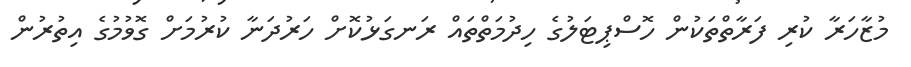
މުޒާހަރާ ކުރި ފަރާތްތަކުން ހޮސްޕިޓަލުގެ ހިދުމަތްތައް ރަނގަޅުކޮށް ހަރުދަނާ ކުރުމަށް ގޮވުމުގެ އިތުރުން